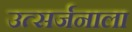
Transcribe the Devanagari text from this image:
उत्सर्जनाला